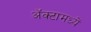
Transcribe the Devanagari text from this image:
अॅक्टामध्यें